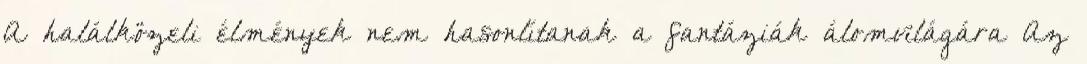
A halálközeli élmények nem hasonlítanak a fantáziák álomvilágára Az